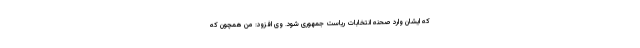
که ایشان وارد صحنه انتخابات ریاست جمهوری شود. وی افزود: من همچون که